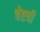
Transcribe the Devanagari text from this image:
चेष्टवी